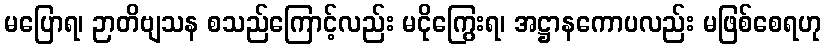
မပြောရ၊ ဉာတိဗျသန စသည်ကြောင့်လည်း မငိုကြွေးရ၊ အဋ္ဌာနကောပလည်း မဖြစ်စေရဟု